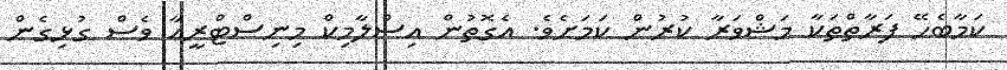
ކަމާބެހޭ ފަރާތްތަކާ މަޝްވަރާ ކުރުން ކަމަށެވެ. އެގޮތުން އިސްލާމިކް މިނިސްޓްރީއާ ވެސް ގުޅިގެން